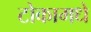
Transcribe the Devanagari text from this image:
टोकामधे